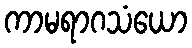
ကာမရာဂသံယော